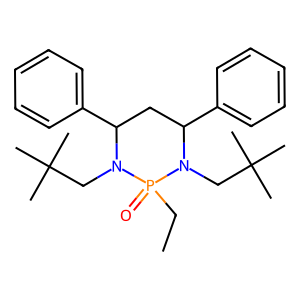
SMILES: CCP1(=O)N(CC(C)(C)C)C(c2ccccc2)CC(c2ccccc2)N1CC(C)(C)C
Inhibits HIV replication: No